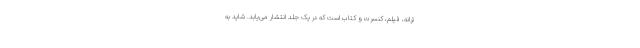
ترانه، فیلم، کنسرت و کتاب است که در یک جلد انتشار می‌یابد. شاید به